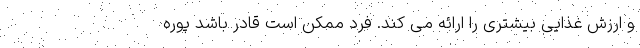
و ارزش غذایی بیشتری را ارائه می کند. فرد ممکن است قادر باشد پوره